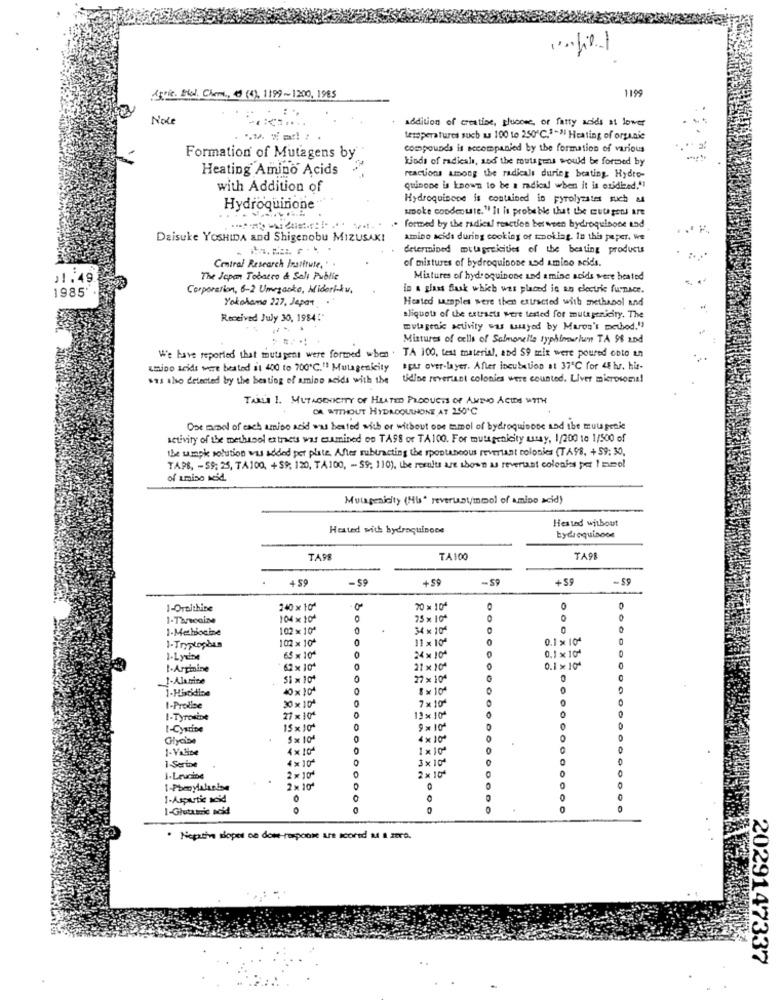
1199
15r18. Blod, Cheme, 0 (4), 1199~1200, 1985
Note
addition of creative, plusone, or fatty acids at lower
teroperatures such as 100 to 250℃."-" Heating of organic
compounds is accompanied by the formation of various
Formation of Mutagens by
kinds of radicale, and the muligens would be formed by
Heating Amino Acids
reactions among the radicals during beating. Hydro-
with Addition of
quinone is known to be a radical when it is oxidized,"]
Hydroquinone is contained in pyrolysstes such as
Hydroquinone
spoke condeouse."It is probable that the mutagsol are
. formed by the radical reaction ber ween hydroquinone and
Daisuke YOSHIDA and Shigenobu MIZUSAK!
amino acids during cooking of tooking. in this paper, we
determined mutapreicities of the besting products
of mixtures of bydroquinone and amino acids.
Central Research Institute, . .
The Japan Tobacco & Salı Public
Mixtures of hydroquinone and amine acids were heated
1985'
Corporation, 6-2 Umegaoko, Midoriku,
in a glass flask which was placed in an electric furnace.
Yokohama 227, Jepat ."
Heated samples were then extracted with methanol and
Received July 30, 1984 :
aliquota of the extracts were tested for mutagenicity. The
mutagenic activity was muyed by Maros's method."
Mistures of cells of Salmonella typhimurium TA 98 and
We have reported that toutspens were formed when. TA 100, test material, and SO this were poured onto an
Amino acids were bested it 400 to 700 ℃."! Mutagenicity
spar over-layer. After incubation at 37℃ for 4 lv. hur-
$91 1)ho detected by the besting of amino acids with the
tidine revertant colonies were counted. Liver microsoma!
TARLI 1. MUTAGENICITY OF HEATED PRODUCTS OF AMINO ACIDS WITH
CA WITHOUT HYDROQUINONE AT 250'℃
One and of each amino acid was heated with or without one tamol of hydroquinone and the muugenie
setivity of the methanol extracts was examined oo TAS8 or TA100. For mutagenicity way, 1/200 to 1/500 of
the umpk solution was added per plate. After subtracting the spontaneous revertant colonies (TA98, +59: 30.
TAPE, - 59: 25, TA100, +59, 120, TA100, - $9, 110), the results are shown as revertat colonies per Immol
of amino seid.
Mutagenicity (Hus" reverualmmol of amino acid)
Heated without
Heated with hydroquinone
hydroquinone
TAPE
TA100
TA9E
+59
+59
-S
+59
-59
-$9
1-Oreithine
240 x 104
70 × 104
0
104x 10
75 × 104
0
1-Mehlocine
102 ×10ª
34 x 104
102 × 10ª
11 × 104
O
0.1 × 10ª
l-Tryptophan
0.1 × 104
1-Lyuine
65 × 104
24 x 104
L-Arginine
62 × 104
21 × 104
0.1× 104
1-Alanine
51 × 104
27 x 104
0
40 × 104
1 × 10"
0
7× 10
1-Proline
30 × 10*
1-Tyrosine
27 × 104
13× 104
I-Cystine
15 x 104
9 x 10"
Glycine
5 × 10
4 × 10"
1-VALine
4 × 10
1×10ª
1-Ser ine
4 × 10*
3 × 10ª
l-Leucine
2 × 104
2 × 10"
2 × 104
0
1-Aspurtic acid
0
l-Glutamic acid
0
· Neputin siopes on dose response are scored as a zero.
2029147337